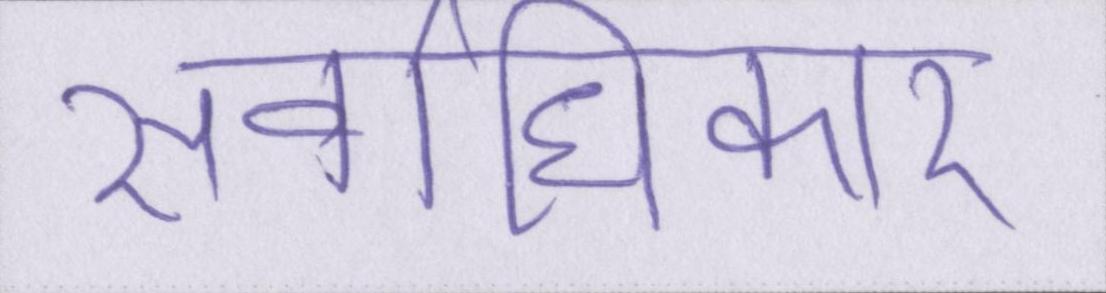
सर्वाधिकार